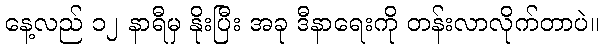
နေ့လည် ၁၂ နာရီမှ နိုးပြီး အခု ဒီနာရေးကို တန်းလာလိုက်တာပဲ။